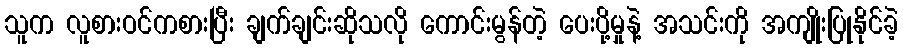
သူက လူစားဝင်ကစားပြီး ချက်ချင်းဆိုသလို ကောင်းမွန်တဲ့ ပေးပို့မှုနဲ့ အသင်းကို အကျိုးပြုနိုင်ခဲ့